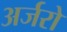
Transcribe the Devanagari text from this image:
अर्जरो